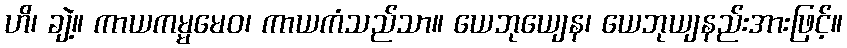
ဟိ၊ ချဲ့။ ကာယကမ္မမေဝ၊ ကာယကံသည်သာ။ ယေဘုယျေန၊ ယေဘုယျနည်းအားဖြင့်။